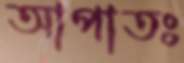
আপাতঃ